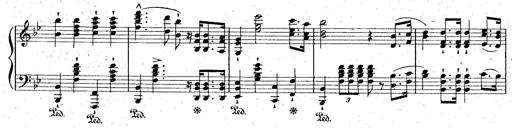
Title: La Marseillaise
Composer: Franz Liszt
Key: B-flat major